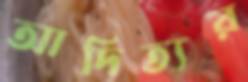
আদিত্যর